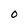
Character: O